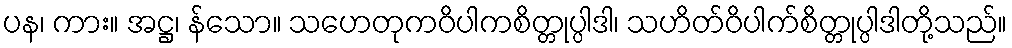
ပန၊ ကား။ အဋ္ဌ၊ န်သော။ သဟေတုကဝိပါကစိတ္တုပ္ပါဒါ၊ သဟိတ်ဝိပါက်စိတ္တုပ္ပါဒါတို့သည်။